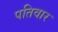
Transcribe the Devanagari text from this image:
पतिवार